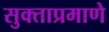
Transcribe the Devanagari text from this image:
सुक्ताप्रमाणे